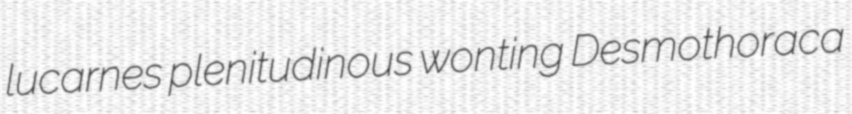
lucarnes plenitudinous wonting Desmothoraca